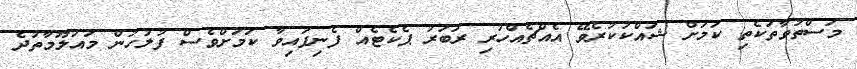
މަސްތުވާތަކެތި ކަމަށް ޝައްކުކުރެވޭ އެއްޗެއްހުރި ރަބަރު ޕެކެޓެއް ފެނިފައިވާ ކަމަށްވެސް ފުލުހުން މައުލޫމާތުދެ